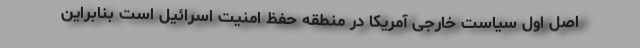
اصل اول سیاست خارجی آمریکا در منطقه حفظ امنیت اسرائیل است بنابراین